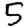
Digit: 5